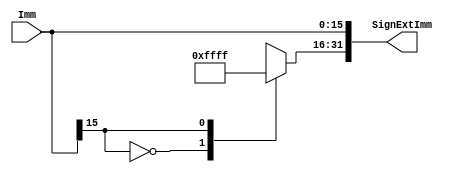
module SignExtend #(parameter WIDTH = 32)(
input [WIDTH/2-1:0] Imm, //array Imm de longitud de 16 bits
output reg [WIDTH-1:0] SignExtImm // array SignExtImm de 32 bits
);

always @(Imm)
begin
SignExtImm[15:0] = Imm;//Igualacin de Imm a los primeros 16 bits de array SignExtImm 
case (Imm[15])//case cuyo variable de operacion es el bit numero 16 del array Imm, es decir el bit del signo en C2
	0: SignExtImm[WIDTH-1:WIDTH/2] = {(WIDTH/2){1'b0}};//Si el bit de signo es 1, igualamos los 16 MSB en 1 
	1:	SignExtImm[WIDTH-1:WIDTH/2] = {(WIDTH/2){1'b1}};//Si el bit de signo es 0, igualamos los 16 MSB en 0 

endcase 
end

endmodule